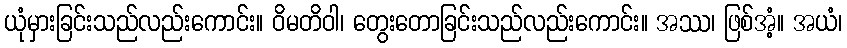
ယုံမှားခြင်းသည်လည်းကောင်း။ ဝိမတိဝါ၊ တွေးတောခြင်းသည်လည်းကောင်း။ အဿ၊ ဖြစ်အံ့။ အယံ၊